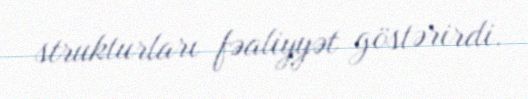
strukturları fəaliyyət göstərirdi.